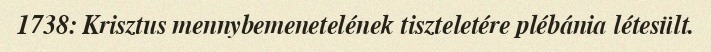
1738: Krisztus mennybemenetelének tiszteletére plébánia létesült.